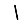
Digit: 1